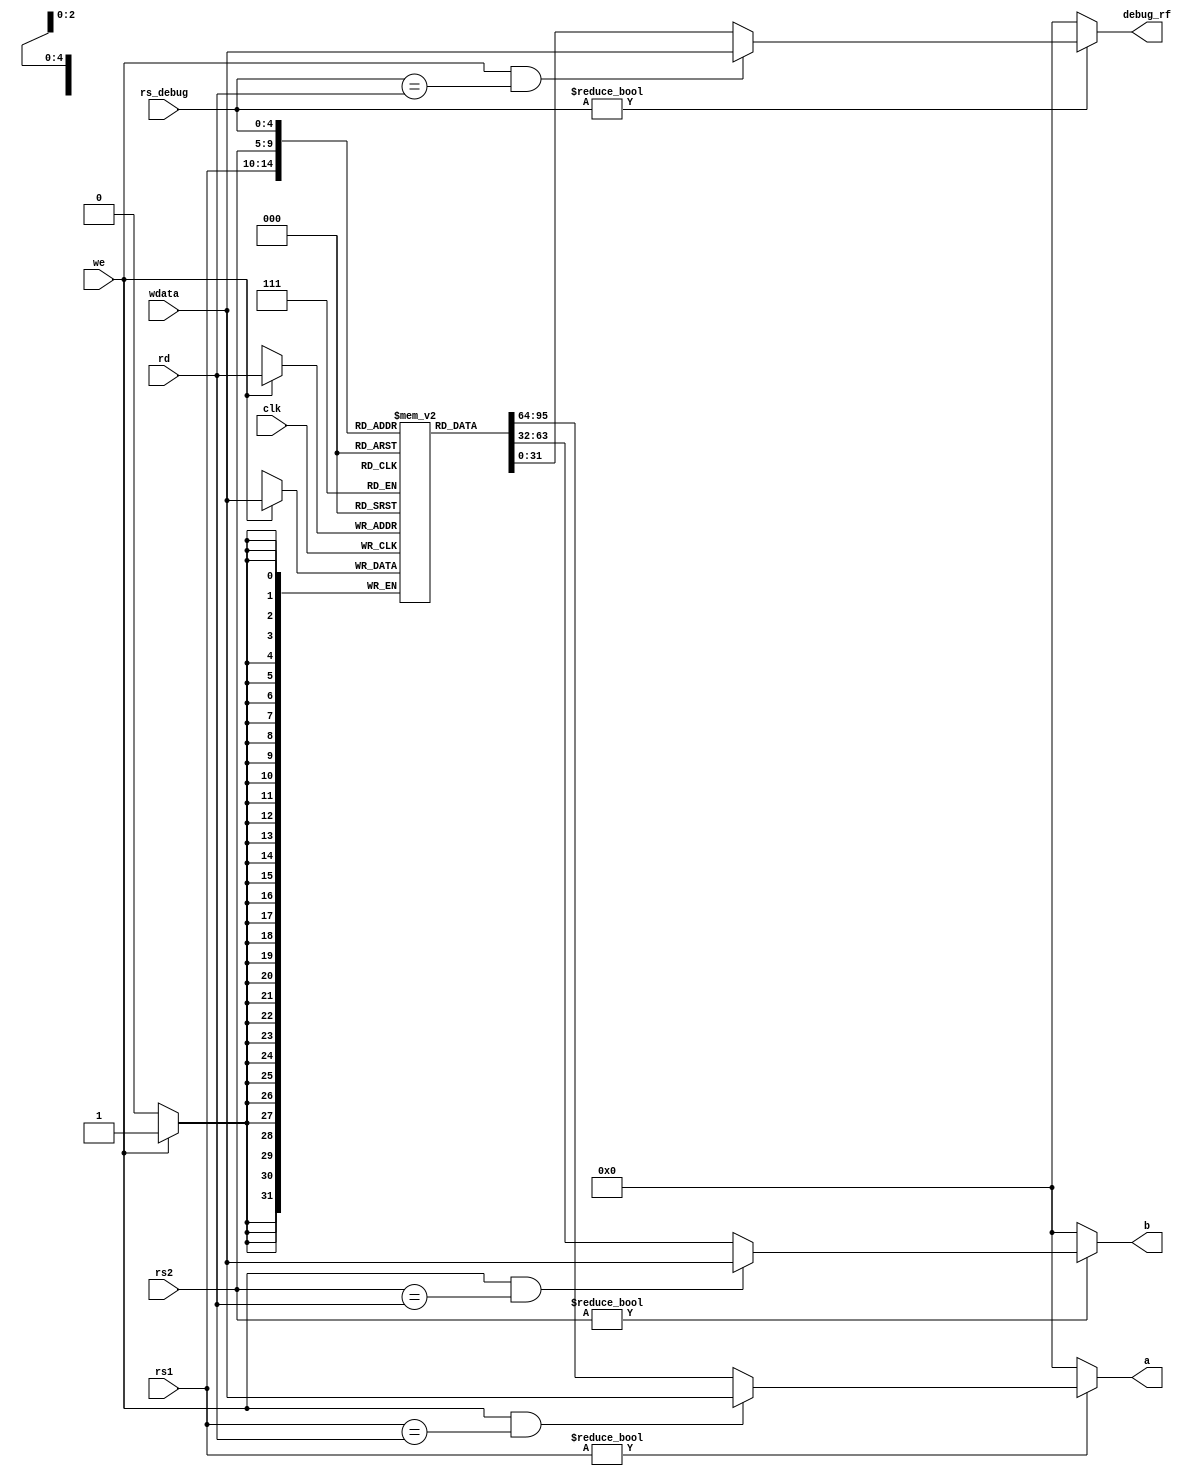
module rf(
    input wire [4 : 0] rs1,
    input wire [4 : 0] rs2,
    input wire [4 : 0] rs_debug,
    input wire [4 : 0] rd,
    input wire [31 : 0] wdata,
    input wire clk,
    input wire we,
    output wire [31 : 0] a,
    output wire [31 : 0] b,
    output wire [31 : 0] debug_rf
);
// 
    reg [31:0] rf[0:31];
    wire [31 : 0] temp_a;
    wire [31 : 0] temp_b;
    wire [31 : 0] temp_debug_rdata;
    assign temp_a=rf[rs1];
    assign temp_b=rf[rs2];
    assign temp_debug_rdata=rf[rs_debug];

    always@ (posedge clk) 
    begin
        if (we)  rf[rd] <= wdata;
    end

//
    assign a=(rs1)?((we&(rs1==rd))?wdata:temp_a):0;//0
    assign b=(rs2)?((we&(rs2==rd))?wdata:temp_b):0;//0
    assign debug_rf=(rs_debug)?((we&(rs_debug==rd))?wdata:temp_debug_rdata):0;

endmodule